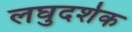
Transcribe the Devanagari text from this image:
लघुदर्शक